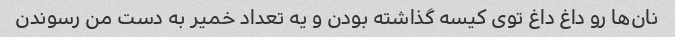
نان‌ها رو داغ داغ توی کیسه گذاشته بودن و یه تعداد خمیر به دست من رسوندن